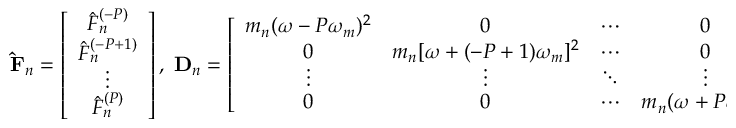
\mathbf { \hat { F } } _ { n } = \left[ \begin{array} { c } { \hat { F } _ { n } ^ { ( - P ) } } \\ { \hat { F } _ { n } ^ { ( - P + 1 ) } } \\ { \vdots } \\ { \hat { F } _ { n } ^ { ( P ) } } \end{array} \right] , \; \mathbf { D } _ { n } = \left[ \begin{array} { c c c c } { m _ { n } ( \omega - P \omega _ { m } ) ^ { 2 } } & { 0 } & { \cdots } & { 0 } \\ { 0 } & { m _ { n } [ \omega + ( - P + 1 ) \omega _ { m } ] ^ { 2 } } & { \cdots } & { 0 } \\ { \vdots } & { \vdots } & { \ddots } & { \vdots } \\ { 0 } & { 0 } & { \cdots } & { m _ { n } ( \omega + P \omega _ { m } ) ^ { 2 } } \end{array} \right] .